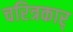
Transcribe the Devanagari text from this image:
चरित्रकार्